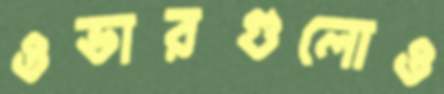
ওভারগুলোও